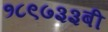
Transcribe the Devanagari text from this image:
१८९७३३बी